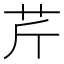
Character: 芹